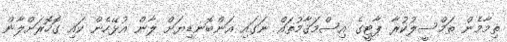
ތިމާމެން ތަމްސީލުކުރާ ޕާޓީގެ އިސްމަޤާމުތައް ނަގައި އަންބޮނޑިޔަށް ލާން އުޅޭހެން ކައި ގޮހޮރަށްލާން